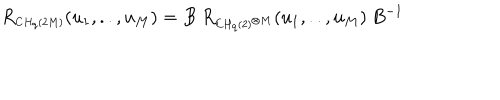
R _ { \scriptscriptstyle C H _ { q } ( 2 M ) } ( u _ { 1 } , . . , u _ { M } ) = B \: R _ { \scriptscriptstyle C H _ { q } ( 2 ) ^ { \otimes M } } ( u _ { 1 } , . . , u _ { M } ) \: B ^ { - 1 } \,